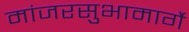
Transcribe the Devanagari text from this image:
मांजरसुभामार्गे